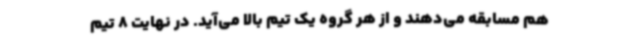
هم مسابقه می‌دهند و از هر گروه یک تیم بالا می‌آید. در نهایت 8 تیم